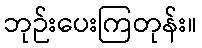
ဘုဉ်းပေးကြတုန်း။